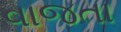
વાજતા